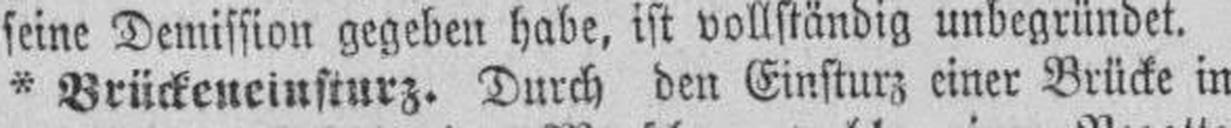
* Brückeneinsturz. Durch den Einsturz einer Brücke in